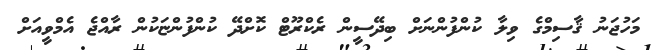
މަހުޖަނު ޤާސިމްގެ ވިލާ ކުންފުންނަށް ބިދޭސީން ރެކްރޫޓް ކޮށްދޭ ކުންފުންޏަކުން ރާއްޖެ އެމްވީއަށް